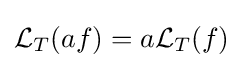
{\mathcal {L}}_{T}(af)=a{\mathcal {L}}_{T}(f)